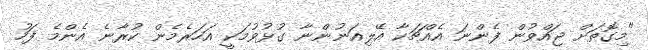
"މިގޮތަށް ޖައްވުން ފެންނަ އެއްޗަކާ އޭލިއަނުންނާ ގުޅުވުމަކީ އަހަރެމެން ކުރާނެ އެންމެ ފަހު